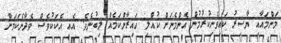
މަންމައާއި ޔާސިރު ކައިވެނިކުރުމުން އެންމެނަށް ކުއްލި ހައިރާންކަމެއް ލިބުނެވެ. އެއީ އެކަކުވެސް ވެދާނެކަމަށް